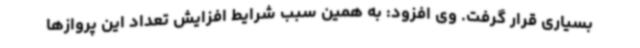
بسیاری قرار گرفت. وی افزود: به همین سبب شرایط افزایش تعداد این پروازها